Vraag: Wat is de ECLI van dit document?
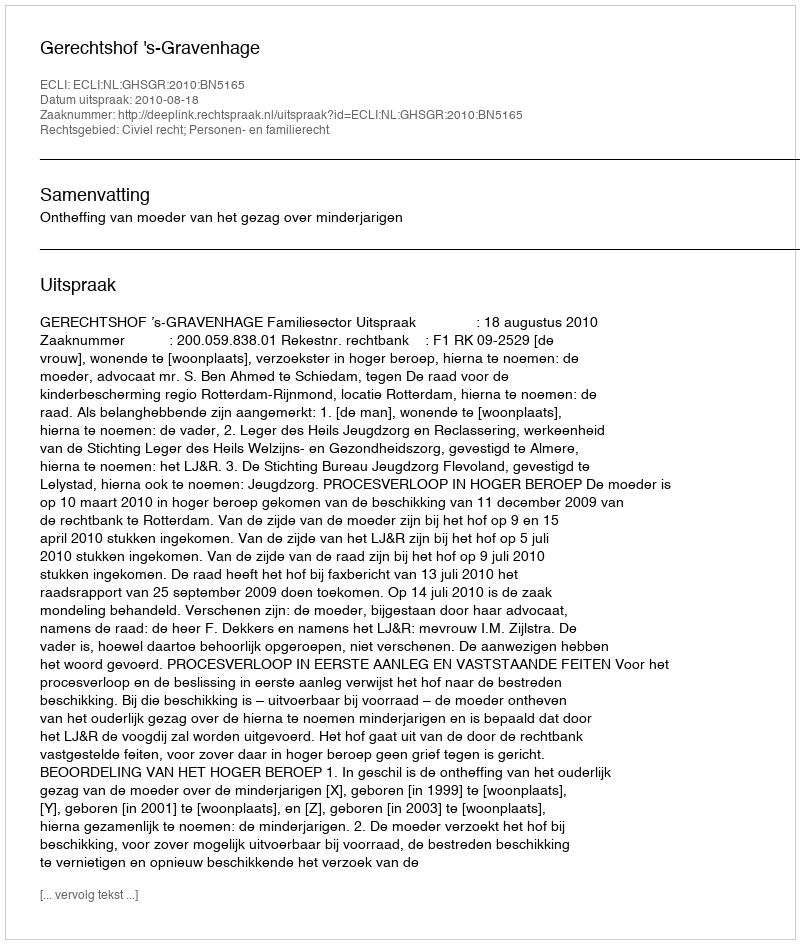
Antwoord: ECLI:NL:GHSGR:2010:BN5165